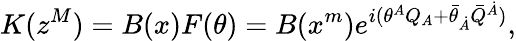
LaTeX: K(z^{M})=B(x)F(\theta)=B(x^{m})e^{i(\theta^{A}Q_{A}+\bar{\theta}_{\dot{A}}\bar{Q}^{\dot{A}})},